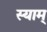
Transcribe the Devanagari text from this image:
स्याम्‌